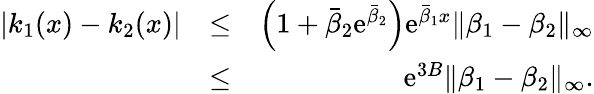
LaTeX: \begin{array}{rlr}{|k_{1}(x)-k_{2}(x)|}&{\leq}&{\left(1+\bar{\beta}_{2}\mathrm{e}^{\bar{\beta}_{2}}\right)\mathrm{e}^{\bar{\beta}_{1}x}\| \beta_{1}-\beta_{2}\| _{\infty}}\\ &{\leq}&{\mathrm{e}^{3B}\| \beta_{1}-\beta_{2}\| _{\infty}.}\end{array}